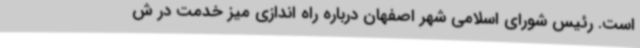
است. رئیس شورای اسلامی شهر اصفهان درباره راه اندازی میز خدمت در ش